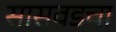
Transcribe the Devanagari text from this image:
सासवडचा